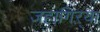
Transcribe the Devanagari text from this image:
जहागिऱ्या